Report on vaccination in Madras 1922-1929 - 1922-1929
Year: 1922
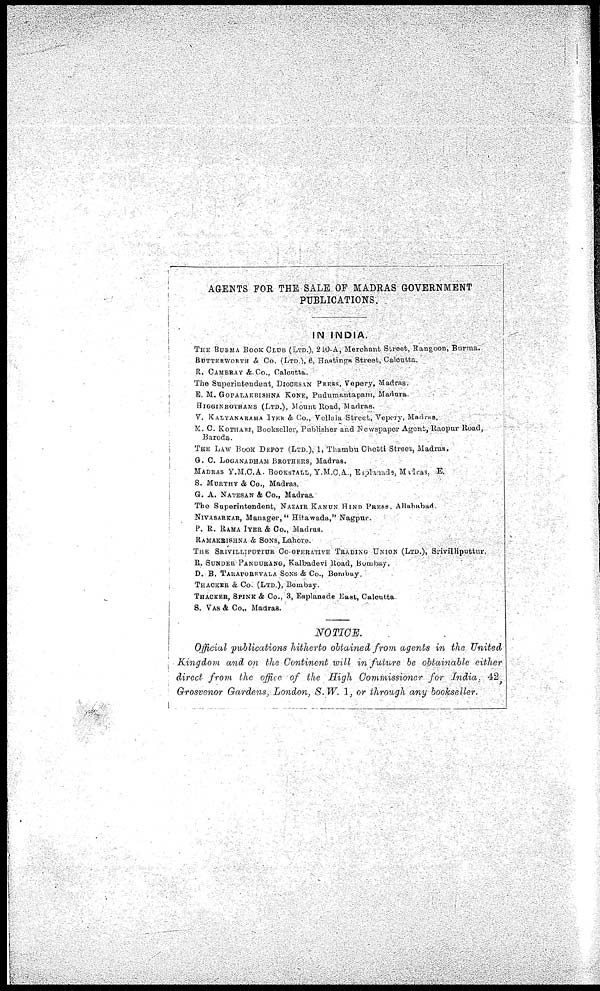
AGENTS FOR THE SALE OF MADRAS GOVERNMENT
PUBLICATIONS.
IN INDIA.
THE BURMA BOOK CLUB (LTD.), 240-A, Merchant Street, Rangoon, Burma.
BUTTERWORTH & Co. (LTD.), 6, Hastings Street, Calcutta.
R. CAMBRAY & Co., Calcutta.
The Superintendent, DIOCESAN PRESS, Vepery, Madras.
E. M. GOPALAKRISHNA KONE, Pudumantapam, Madura.
HIGGINBOTHAMS (LTD.), Mount Road, Madras.
V. KALYANARAMA IYER & Co., Vellala Street., Vepery, Madras.
M. C. KOTHARI, Bookseller, Publisher and Newspaper Agent, Raopur Road,
Baroda.
THE LAW BOOK DEPOT (LTD.), 1, Thambu Chetti Street, Madras.
G. C. LOGANADHAM BROTHERS, Madras.
MADRAS Y.M.C.A. BOOKSTALL, Y.M.C. A., Esplanads, Madras, E.
S. MURTHY & Co., Madras.
G.A. NATESAN & Co., Madras.
The Superintendent, NAZAIR KANUN HIND PRESS. Allahabad.
NIVASARKAR, Manager, " Hitawada," Nagpur.
P. R. RAMA IYER & Co., Madras.
RAMAKRISHNA & SONS, Lahore.
THE SRIVILLIPOTTUR CO. OPERATIVE TRADING UNION (LTD.), Srivilliputtur,
R. SUNDER PANDURANG, Kalbadevi Road, Bombay,
D. B. TARAPOREVALA SONS & Co., Bombay.
THACKER & Co. (LTD.), Bombay.
THACKER, SPINK & Co., 3, Esplanade East, Calcutta.
S. VAS & Co., Madras.
NOTICE.
Official publications hitherto obtained from agents in the United
Kingdom and on the Continent will in future be obtainable either
direct from the office of the High Commissioner for India, 42,
Grosvenor Gardens, London, S.W. 1, or through any bookseller.